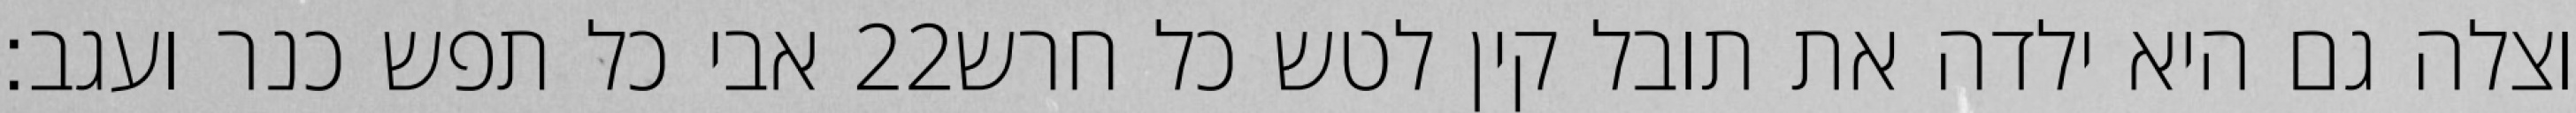
אבי כל תפש כנר ועגב׃ ‎22‏ וצלה גם היא ילדה את תובל קין לטש כל חרש